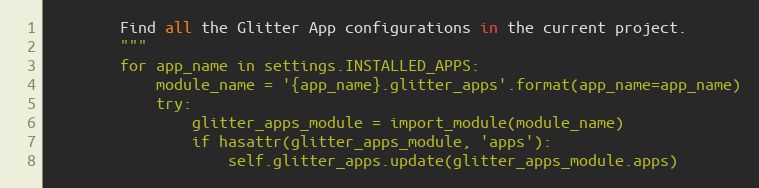
Language: Python
        Find all the Glitter App configurations in the current project.
        """
        for app_name in settings.INSTALLED_APPS:
            module_name = '{app_name}.glitter_apps'.format(app_name=app_name)
            try:
                glitter_apps_module = import_module(module_name)
                if hasattr(glitter_apps_module, 'apps'):
                    self.glitter_apps.update(glitter_apps_module.apps)